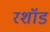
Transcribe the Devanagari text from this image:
रशॉड